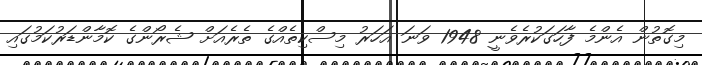
މިގޮތުން އެންމެ ފާހަގަކުރެވެނީ 1948 ވަނަ އަހަރު މިސްކިތެއްގެ ތެރެއަށް ޝެރޯންގެ ކޮމާންޑަރުކަމުގައި